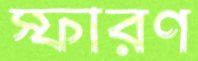
স্ফারণ